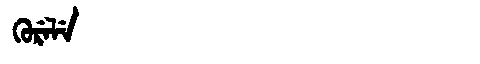
Manchu: ᡴᡠᡵᡝᠯᡝ
Romanization: KURELE